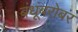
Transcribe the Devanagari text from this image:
बंधूंबरोबर